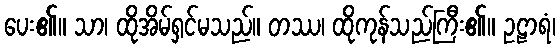
ပေး၏။ သာ၊ ထိုအိမ်ရှင်မသည်။ တဿ၊ ထိုကုန်သည်ကြီး၏။ ဥဠာရံ၊